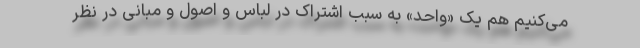
می‌کنیم هم یک «واحد» به سبب اشتراک در لباس و اصول و مبانی در نظر